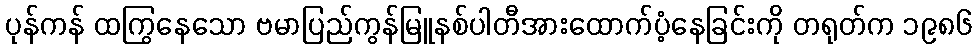
ပုန်ကန် ထကြွနေသော ဗမာပြည်ကွန်မြူနစ်ပါတီအားထောက်ပံ့နေခြင်းကို တရုတ်က ၁၉၈၆